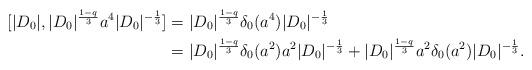
LaTeX: \begin{align*} [|D_0|,|D_0|^{\frac{1-q}3}a^4|D_0|^{-\frac13}] &= |D_0|^{\frac{1-q}3}\delta_0(a^4)|D_0|^{-\frac13}\\ &= |D_0|^{\frac{1-q}3}\delta_0(a^2)a^2|D_0|^{-\frac13}+|D_0|^{\frac{1-q}3}a^2\delta_0(a^2)|D_0|^{-\frac13}. \end{align*}